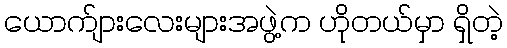
ယောက်ျားလေးများအဖွဲ့က ဟိုတယ်မှာ ရှိတဲ့